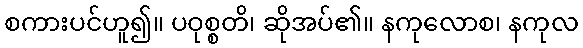
စကားပင်ဟူ၍။ ပဝုစ္စတိ၊ ဆိုအပ်၏။ နကုလောစ၊ နကုလ